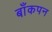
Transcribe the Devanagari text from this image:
बाँकपन